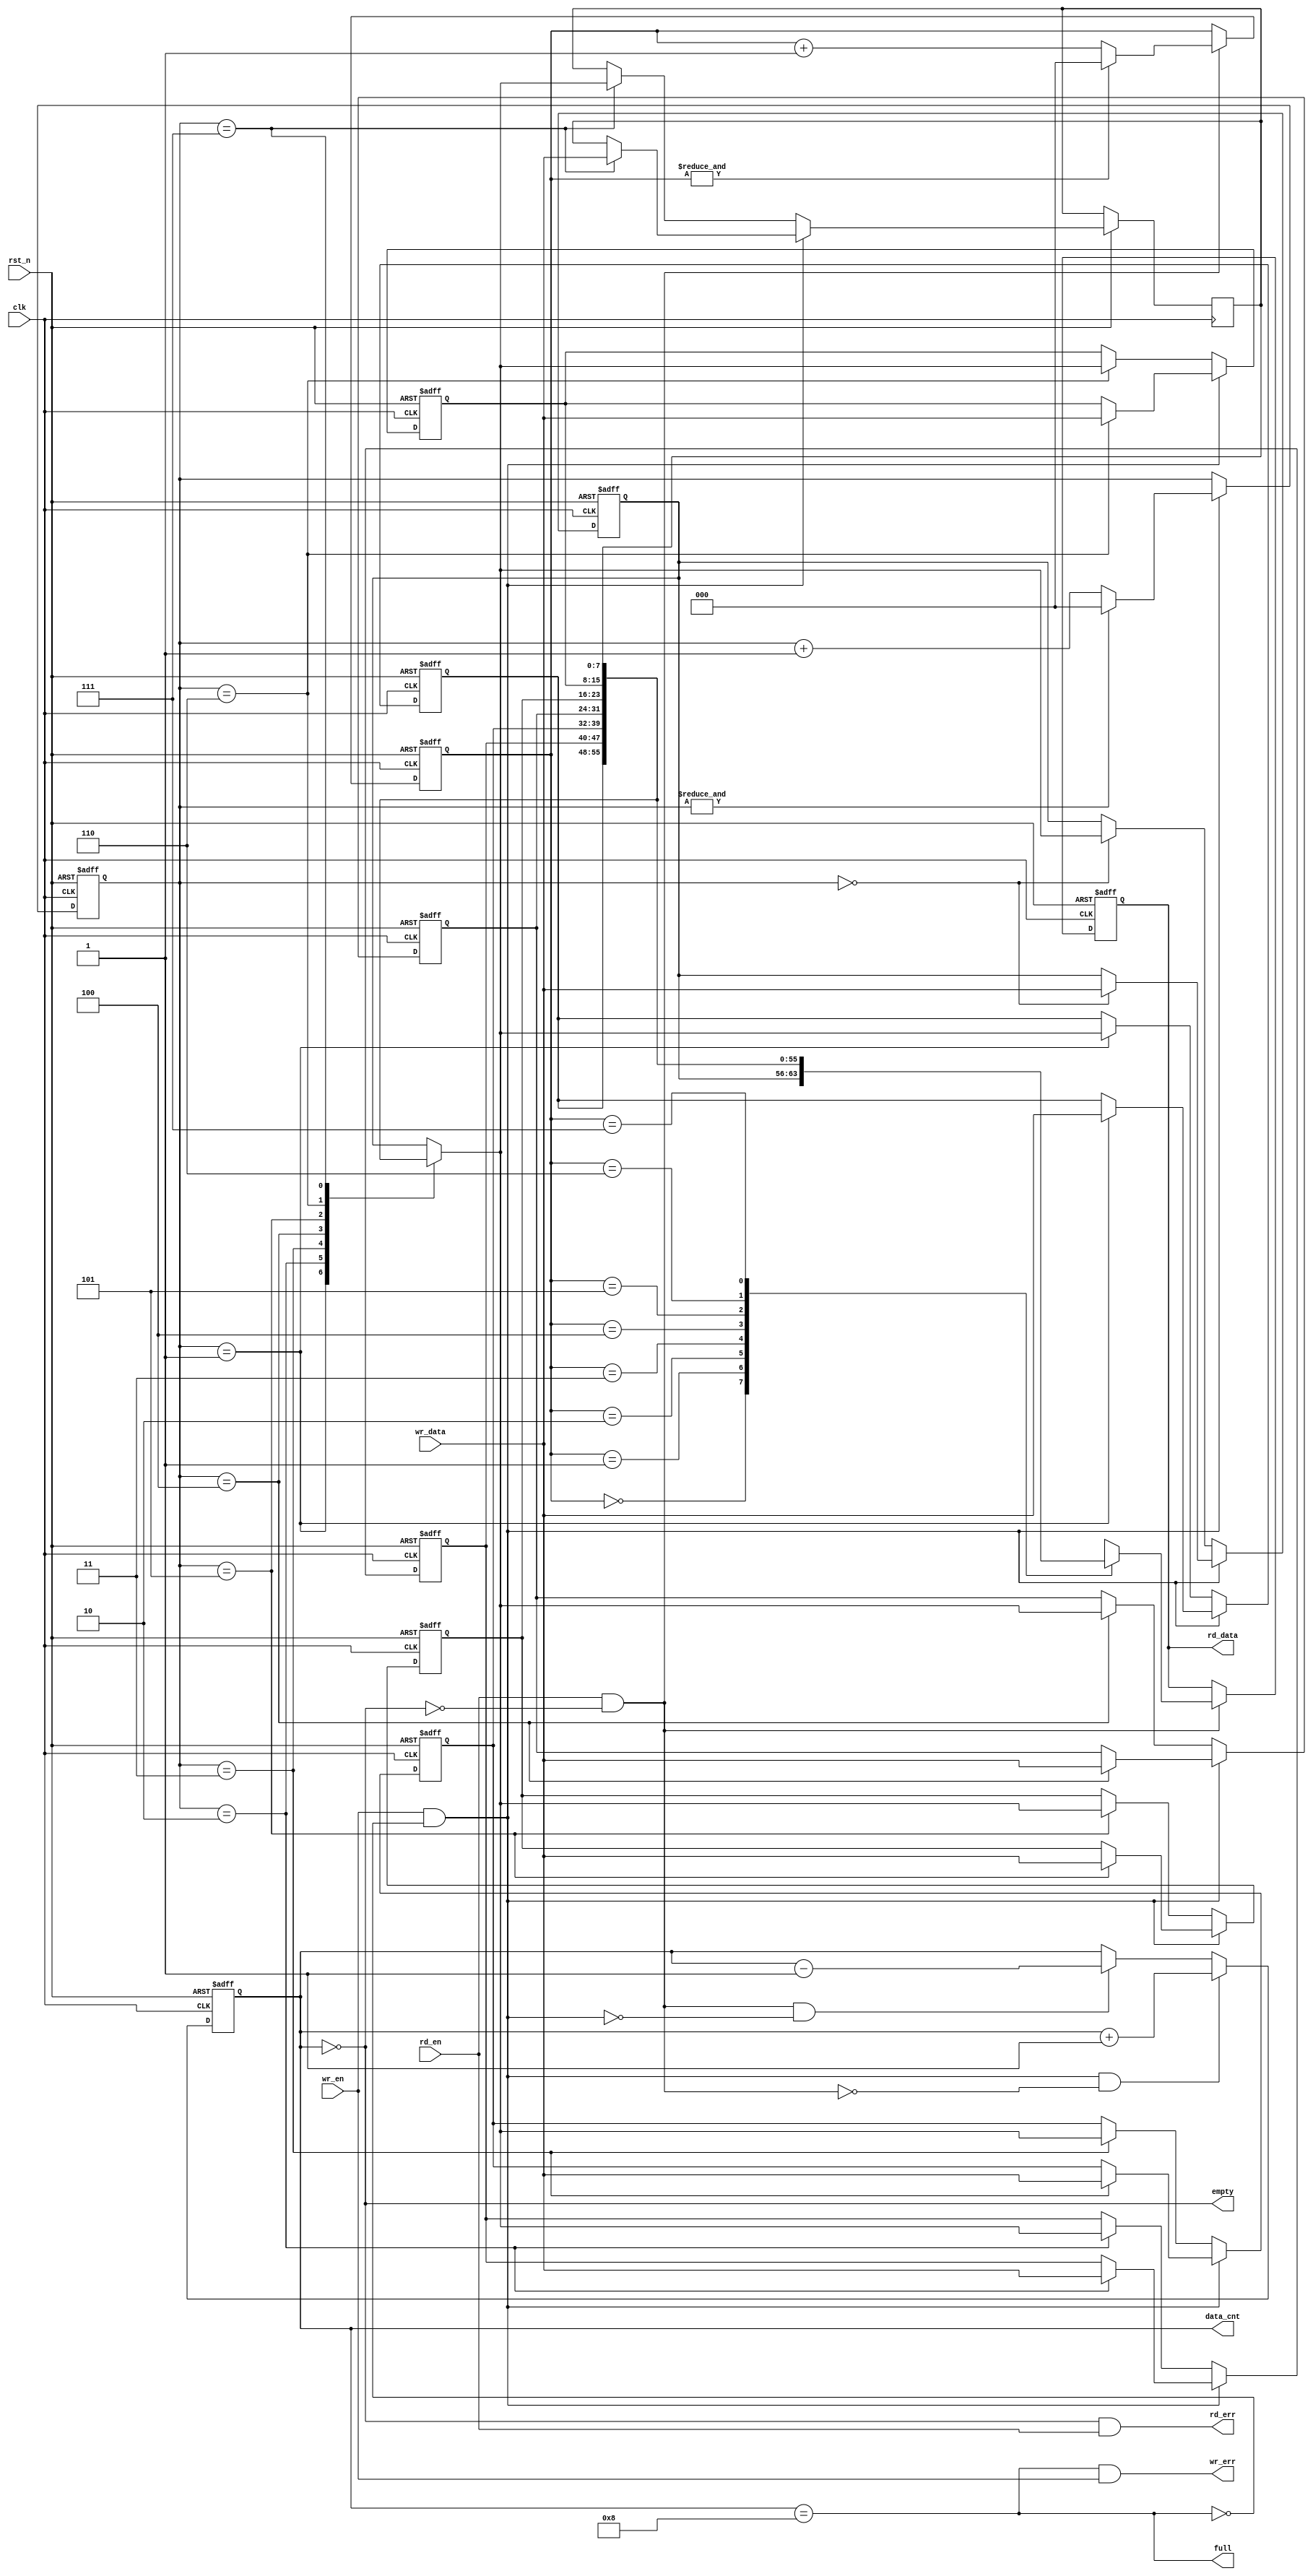
module Synchronous_FIFO #(
    parameter DATA_WIDTH = 8,
    parameter ADDR_WIDTH = 3
) 
(
    input                       clk         ,
    input                       rst_n       ,
    input                       wr_en       , 
    input      [DATA_WIDTH-1:0] wr_data     , 
    input                       rd_en       , 
    output reg [DATA_WIDTH-1:0] rd_data     , 
    output                      empty       , 
    output                      full        , 
    output reg [ADDR_WIDTH :0]  data_cnt    , 
    output                      wr_err      , 
    output                      rd_err      
);

localparam FIFO_DEPTH = 1 << ADDR_WIDTH; 

// Memory
reg [DATA_WIDTH-1:0] fifo_mem [FIFO_DEPTH-1:0];

// Address
reg [ADDR_WIDTH-1:0] wr_address;
reg [ADDR_WIDTH-1:0] rd_address;

integer i;

// Write Data
always @(posedge clk or negedge rst_n) begin
    if(~rst_n) begin
        for(i=0; i<{(ADDR_WIDTH){1'b1}}; i=i+1) begin
            fifo_mem[i] <= {DATA_WIDTH{1'b0}};
        end
    end else if(wr_en & (~full)) begin 
        fifo_mem[wr_address] <= wr_data;
    end else begin
        fifo_mem[wr_address] <= fifo_mem[wr_address];
    end
end

// Read Data
always @(posedge clk or negedge rst_n) begin
    if(~rst_n) begin
        rd_data <= {DATA_WIDTH{1'b0}};
    end else if( rd_en & (~empty) ) begin
        rd_data <= fifo_mem[rd_address];
    end else begin
        rd_data <= rd_data;
    end
end 

// Write Address
always @(posedge clk or negedge rst_n) begin
    if(~rst_n) begin
        wr_address <= {ADDR_WIDTH{1'b0}};
    end else if(wr_en & (~full)) begin
        if( &wr_address == 1'b1) begin
            wr_address <= {ADDR_WIDTH{1'b0}};
        end else begin
            wr_address <= wr_address + 1'b1;
        end
    end else begin
        wr_address <= wr_address;
    end
end

// Read Address
always @(posedge clk or negedge rst_n) begin
    if(~rst_n) begin
        rd_address <= {ADDR_WIDTH{1'b0}};
    end else if(rd_en & (~empty)) begin
        if(&rd_address == 1'b1) begin
            rd_address <= {ADDR_WIDTH{1'b0}};
        end else begin
            rd_address <= rd_address + 1'b1;
        end
    end else begin
        rd_address <= rd_address;
    end
end

// Data Count
always @(posedge clk or negedge rst_n) begin
    if(~rst_n) begin
        data_cnt <= {ADDR_WIDTH{1'b0}};
    end else if(wr_en & (~full) & (~(rd_en & (~empty)))) begin
        data_cnt <= data_cnt + 1'b1;
    end else if(rd_en & (~empty) & (~(wr_en & (~full)))) begin
        data_cnt <= data_cnt - 1'b1;
    end else begin
        data_cnt <= data_cnt;
    end
end

assign empty    = (data_cnt == {ADDR_WIDTH{1'b0}});
assign full     = (data_cnt == ({ADDR_WIDTH{1'b1}}) + 1'b1 );
assign wr_err   = (full & wr_en);
assign rd_err   = (empty & rd_en);

endmodule